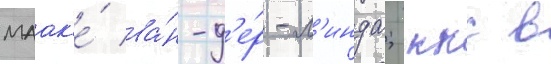
маак'е́ ва́н-д'е́р-л'инда; ккс в